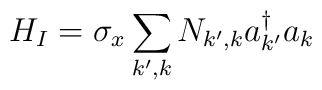
H_{I} = \sigma_{x}\sum_{k^{\prime},k} N_{k^{\prime}, k}a_{k^{\prime}}^{\dagger}a_{k}